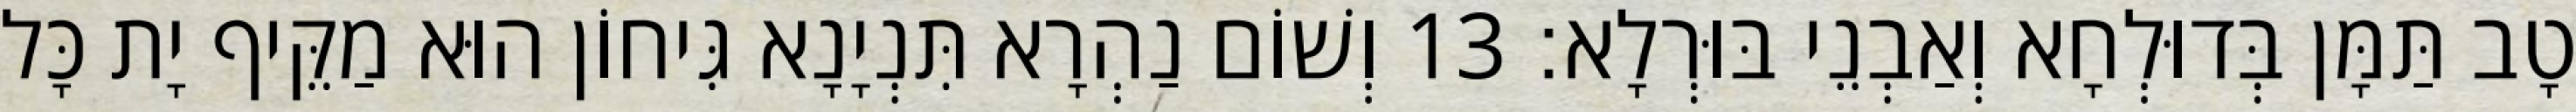
טָב תַּמָּן בְּדוּלְחָא וְאַבְנֵי בּוּרְלָא׃ 13 וְשׁוֹם נַהְרָא תִּנְיָנָא גִּיחוֹן הוּא מַקֵּיף יָת כָּל